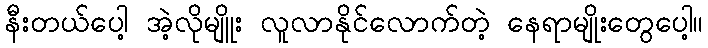
နီးတယ်ပေါ့ အဲ့လိုမျိူး လူလာနိုင်လောက်တဲ့ နေရာမျိုးတွေပေါ့။